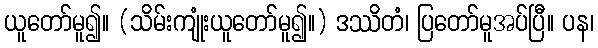
ယူတော်မူ၍။ (သိမ်းကျုံးယူတော်မူ၍။) ဒဿိတံ၊ ပြတော်မူအပ်ပြီ။ ပန၊